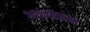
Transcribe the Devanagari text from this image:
अतंर्गततथा